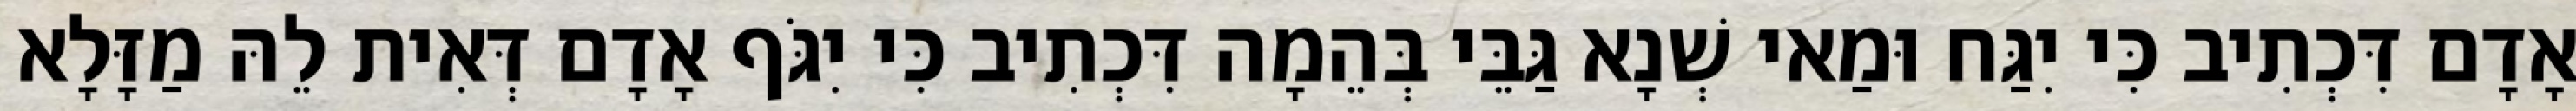
אָדָם דִּכְתִיב כִּי יִגַּח וּמַאי שְׁנָא גַּבֵּי בְּהֵמָה דִּכְתִיב כִּי יִגֹּף אָדָם דְּאִית לֵהּ מַזָּלָא